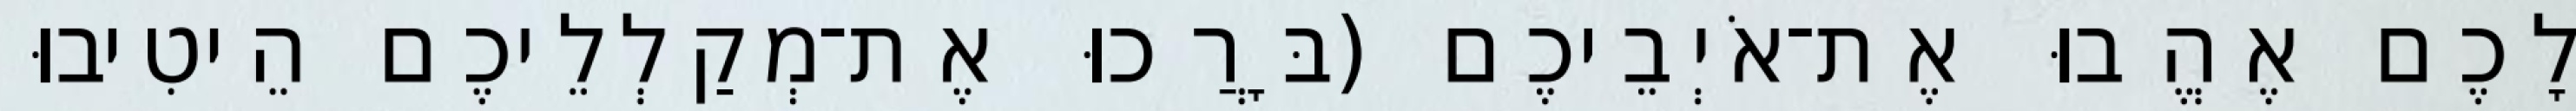
לָכֶם אֶהֱבוּ אֶת־אֹיְבֵיכֶם (בָּרֲכוּ אֶת־מְקַלְלֵיכֶם הֵיטִיבוּ